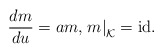
\begin{align*} \frac{dm}{du}=am,\left.m\right|_{\mathcal{K}}=\textrm{id}.\end{align*}